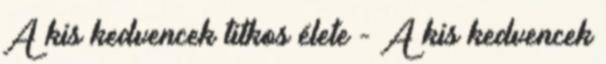
A kis kedvencek titkos élete - A kis kedvencek